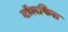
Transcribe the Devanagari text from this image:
वॉलफिश